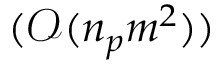
( \mathcal { O } ( n _ { p } m ^ { 2 } ) )